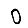
Digit: 0